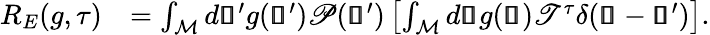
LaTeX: \begin{array}{rl}{R_{E}(g,\tau)}&{=\int_{\mathcal{M}}d\pmb{\mathscr{s}}^{\prime}g(\pmb{\mathscr{s}}^{\prime})\mathscr{P}(\pmb{\mathscr{s}}^{\prime})\left[\int_{\mathcal{M}}d\pmb{\mathscr{s}}g(\pmb{\mathscr{s}})\mathscr{T}^{\tau}\delta(\pmb{\mathscr{s}}-\pmb{\mathscr{s}}^{\prime})\right].}\end{array}